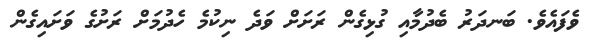
ވެފައެވެ. ބަނދަރު ބެދުމާއި ގުޅިގެން ރަށަށް ވަދެ ނިކުމެ ހެދުމަށް ރަށުގެ ވަށައިގެން